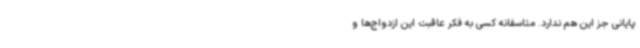
پایانی جز این هم ندارد. متاسفانه کسی به فکر عاقبت این ازدواج‌ها و